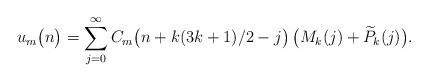
LaTeX: \begin{align*} u_m\big(n\big) = \sum_{j=0}^{\infty} C_m\big(n+k(3k+1)/2-j\big)\,\big(M_k(j)+\widetilde{P}_k(j)\big).\end{align*}